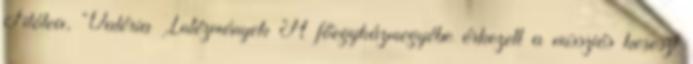
Filótea, Valéria Intézmények A főegyházmegyébe érkezett a missziós kereszt